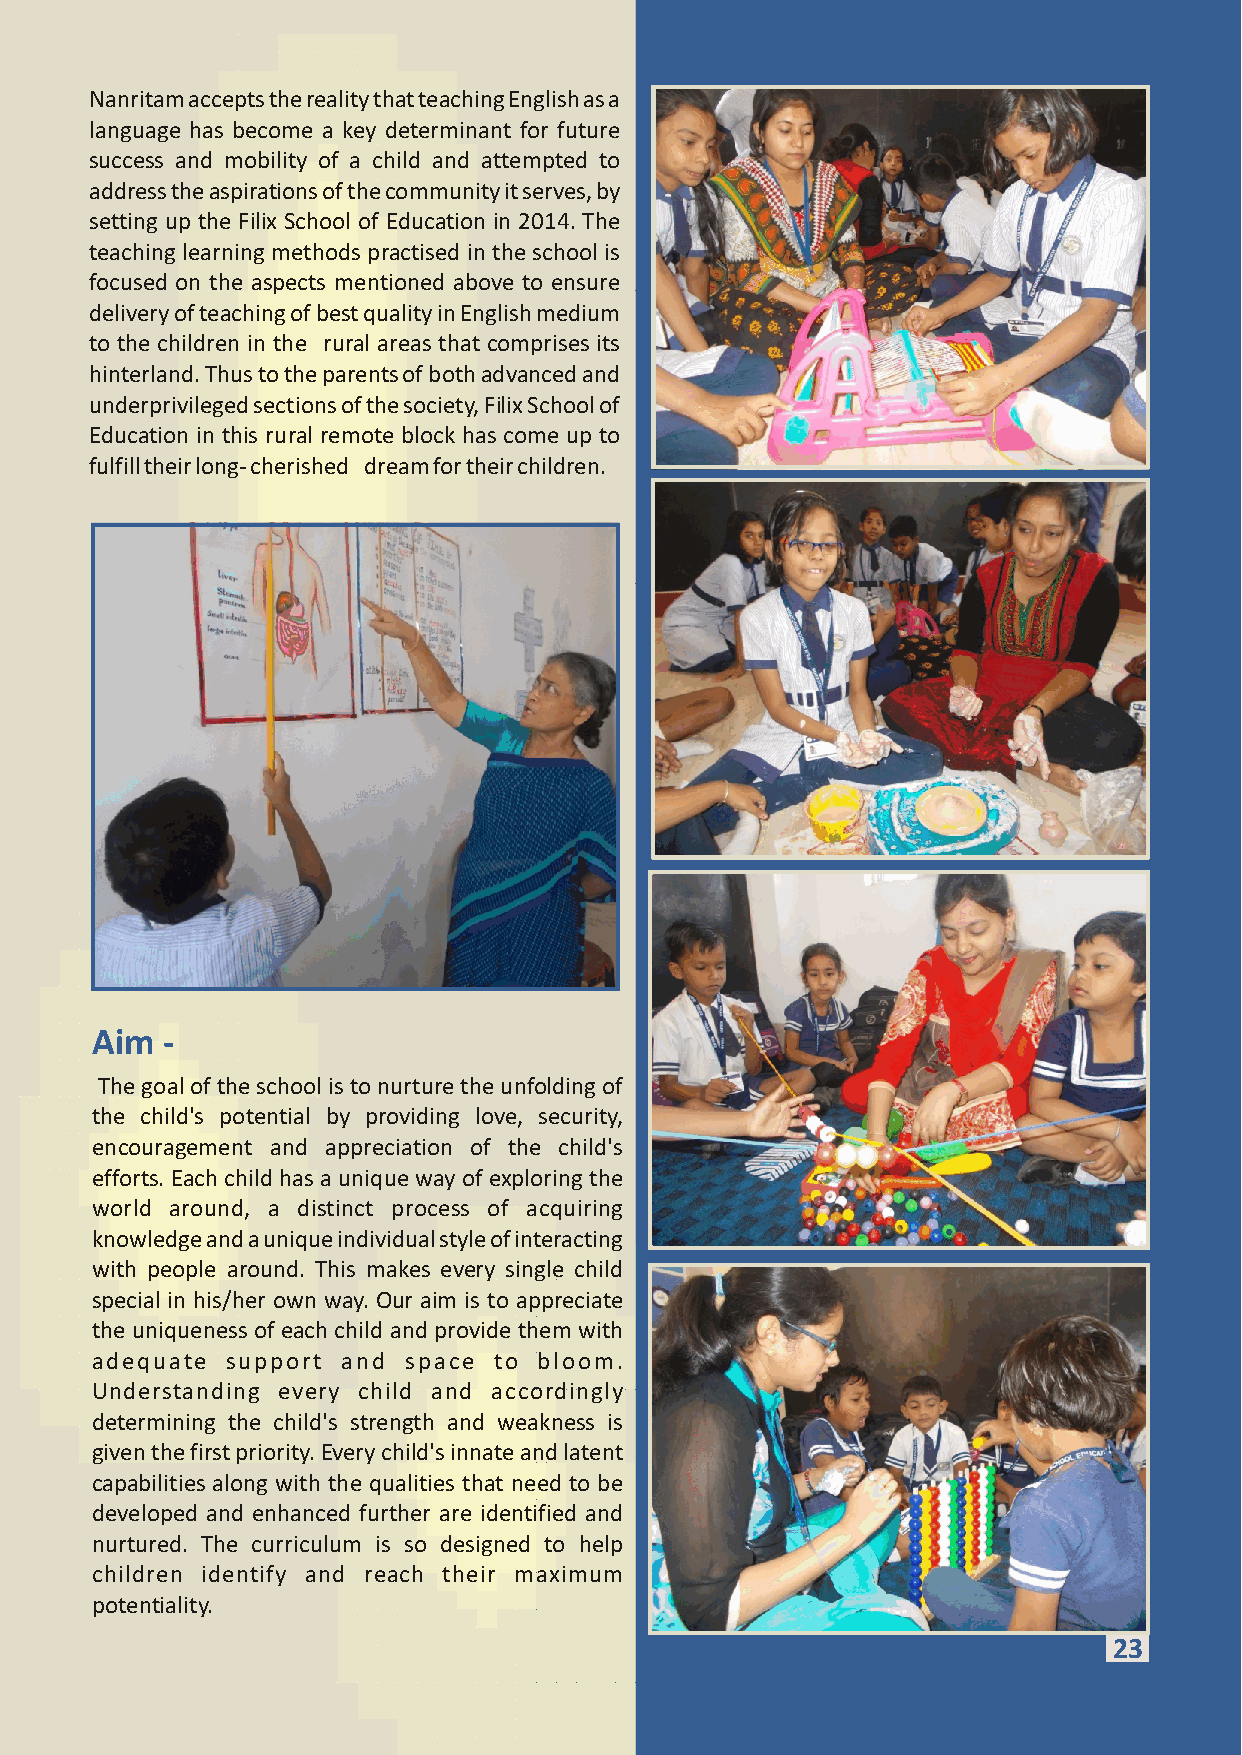
Nanritam accepts the reality that teaching English as a
 language has become a key determinant for future
 success and mobility of a child and attempted to
 address the aspirations of the community it serves, by
 setting up the Filix School of Education in 2014. The
 teaching learning methods practised in the school is
 focused on the aspects mentioned above to ensure
 delivery of teaching of best quality in English medium
 to the children in the rural areas that comprises its
 hinterland. Thus to the parents of both advanced and
 underprivileged sections of the society, Filix School of
 Education in this rural remote block has come up to
 fulfill their long- cherished dream for their children.
 Aim  -
 The goal of the school is to nurture the unfolding of
 the child's potential by providing love, security,
 encouragement and appreciation of the child's
 efforts. Each child has a unique way of exploring the
 world around, a distinct process of acquiring
 knowledge and a unique individual style of interacting
 with people around. This makes every single child
 special in his/her own way. Our aim is to appreciate
 the uniqueness of each child and provide them with
 adequate support and space to bloom.
 Understanding every child and accordingly
 determining the child's strength and weakness is
 given the first priority. Every child's innate and latent
 capabilities along with the qualities that need to be
 developed and enhanced further are identified and
 nurtured. The curriculum is so designed to help
 children identify and reach their maximum
 potentiality.
 1293